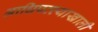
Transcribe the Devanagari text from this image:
आधिपत्त्याखाली